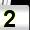
Digit: 2